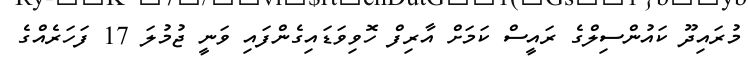
މުރައިދޫ ކައުންސިލްގެ ރައީސް ކަމަށް އާރިފް ހޮވިވަޑައިގެންފައި ވަނީ ޖުމުލަ 17 ފަހަރެއްގެ